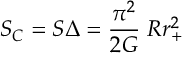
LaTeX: S _ { C } = S \Delta = { \frac { \pi ^ { 2 } } { 2 G } } \; R r _ { + } ^ { 2 }